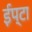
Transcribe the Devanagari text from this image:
ईप्टा